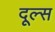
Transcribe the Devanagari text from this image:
दूल्स